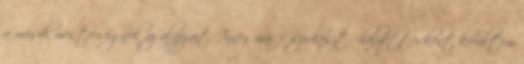
a másik mesterségnek az alapjait. Innen már főszerkesztő-helyettesként kerültem